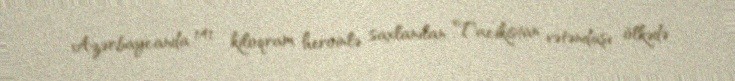
Azərbaycanda 141 kiloqram heroinlə saxlanılan Tacikistan vətəndaşı ölkədə